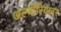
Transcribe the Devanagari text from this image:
अल्जीरियावर